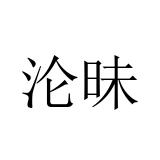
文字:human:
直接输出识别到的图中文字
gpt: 沦昧